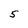
Character: 5